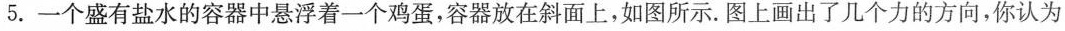
5.一个盛有盐水的容器中悬浮着一个鸡蛋，容器放在斜面上，如图所示。图上画出了几个力的方向，你认为